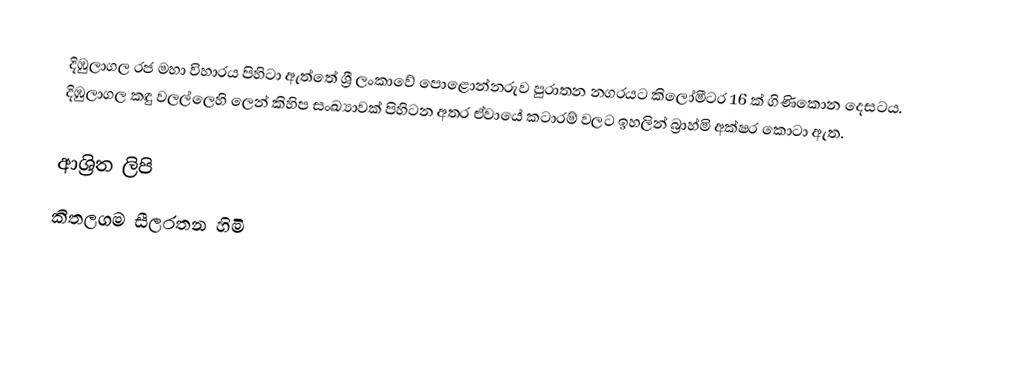
දිඹුලාගල රජ මහා විහාරය පිහිටා ඇත්තේ ශ්‍රී ලංකාවේ පොළොන්නරුව පුරාතන නගරයට කිලෝමීටර  16 ක් ගිණිකොන දෙසටය. දිඹුලාගල කඳු වලල්ලෙහි ලෙන් කිහිප සංඛ්‍යාවක් පිහිටන අතර ඒවායේ කටාරම් වලට ඉහලින් බ්‍රාහ්මි අක්ෂර කොටා ඇත.

ආශ්‍රිත ලිපි
 කිතලගම සීලරතන හිමි